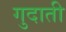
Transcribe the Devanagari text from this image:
गुदाती